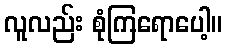
လူလည်း စုံကြရောပေါ့။